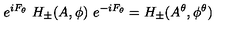
e ^ { i F _ { \theta } } \ H _ { \pm } ( A , \phi ) \ e ^ { - i F _ { \theta } } = H _ { \pm } ( A ^ { \theta } , \phi ^ { \theta } )